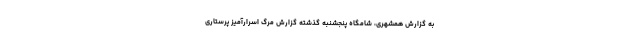
به گزارش همشهری، شامگاه پنجشنبه گذشته گزارش مرگ اسرارآمیز پرستاری